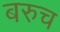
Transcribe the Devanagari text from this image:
बरुच